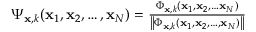
\begin{array} { r } { \Psi _ { \mathbf { x } , k } ( \mathbf { x } _ { 1 } , \mathbf { x } _ { 2 } , \ldots , \mathbf { x } _ { N } ) = { \frac { \Phi _ { \mathbf { x } , k } ( \mathbf { x } _ { 1 } , \mathbf { x } _ { 2 } , \ldots \mathbf { x } _ { N } ) } { { \left\| \Phi _ { \mathbf { x } , k } ( \mathbf { x } _ { 1 } , \mathbf { x } _ { 2 } , \ldots , \mathbf { x } _ { N } ) \right\| } } } } \end{array}